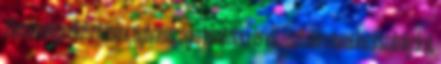
a beszámolója elkészítésére, nyilvánosságra hozatalára és közzétételére vonatkozó szabályokat